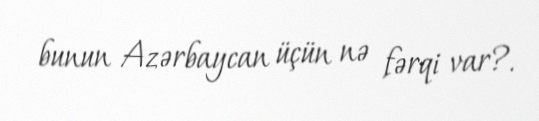
bunun Azərbaycan üçün nə fərqi var?.